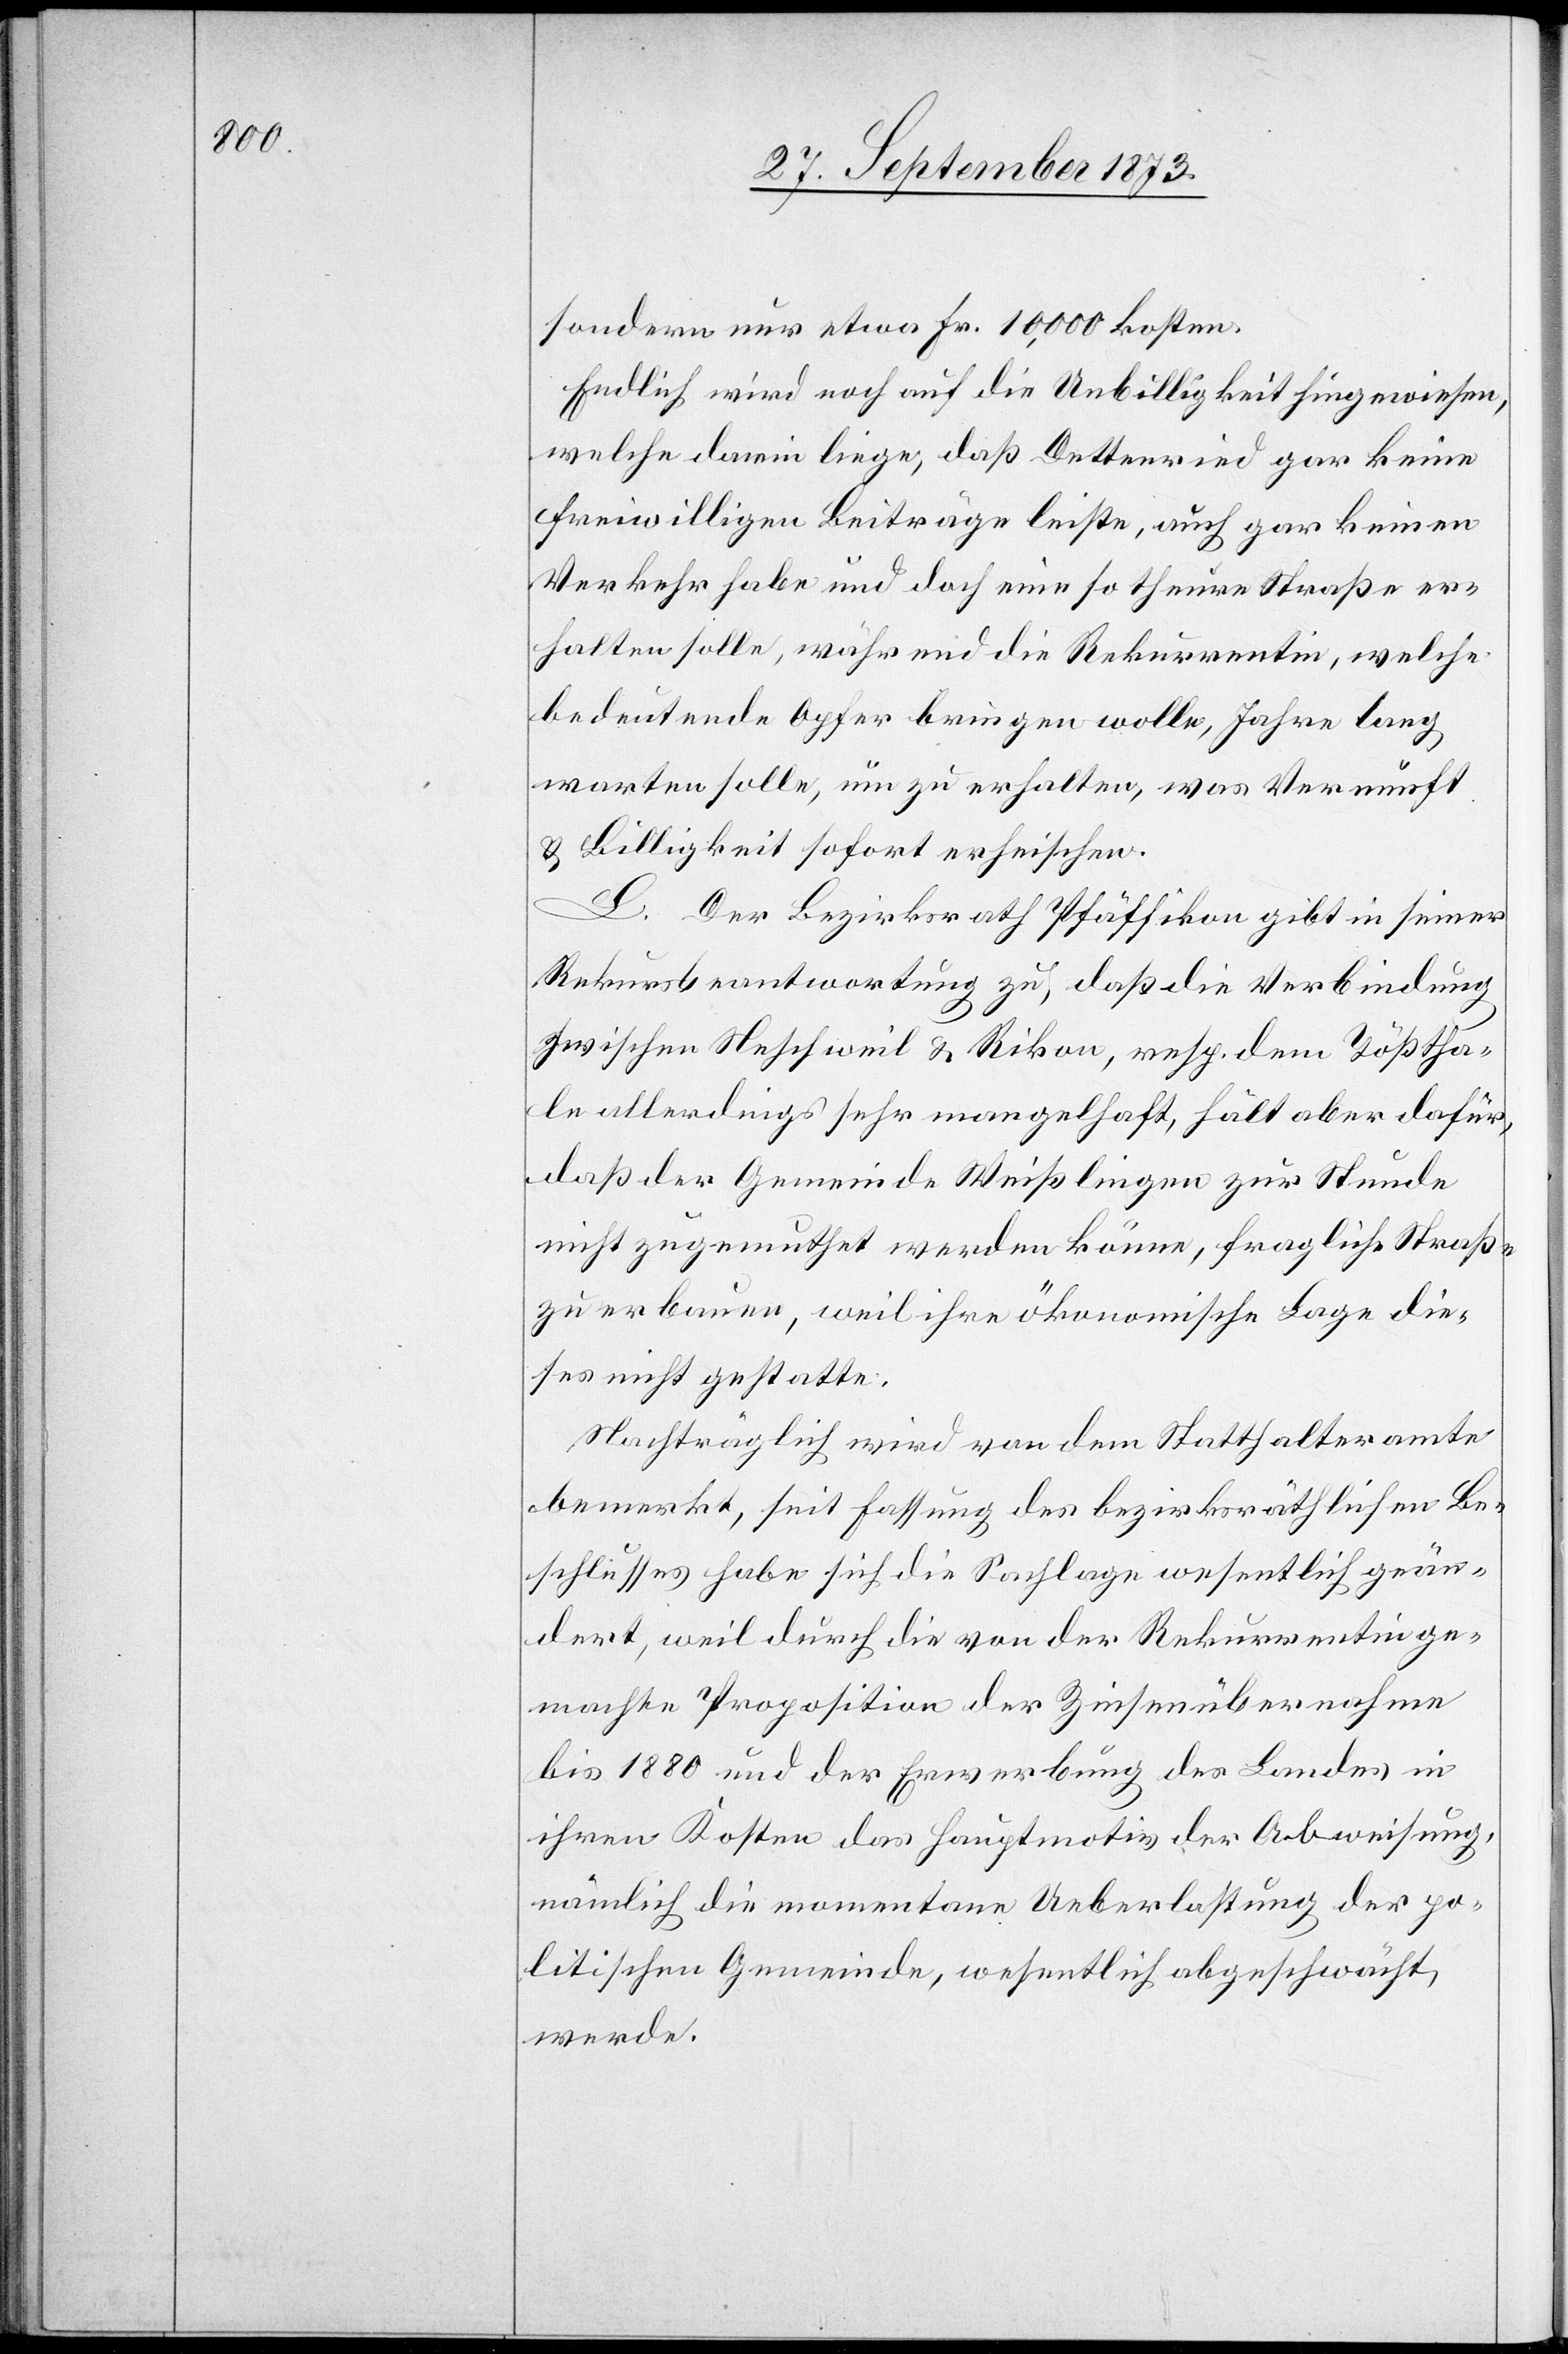
sondern nur etwa Fr. 10,000 kosten.
Endlich wird noch auf die Unbilligkeit hingewiesen,
welche darin liege, daß Dettenried gar keine
freiwilligen Beiträge leiste, auch gar keinen
Verkehr habe und doch eine so theure Straße er¬
halten solle, während die Rekurrentin, welche
bedeutende Opfer bringen wolle, Jahre lang
warten solle, um zu erhalten, was Vernunft
& Billigkeit sofort erheischen.
L. Der Bezirksrath Pfäffikon gibt in seiner
Rekursbeantwortung zu, daß die Verbindung
zwischen Neschweil & Rikon, resp. dem Tößtha¬
le allerdings sehr mangelhaft [sei], hält aber dafür,
daß der Gemeinde Weißlingen zur Stunde
nicht zugemuthet werden könne, fragliche Straße
zu erbauen, weil ihre ökonomische Lage die¬
ses nicht gestatte.
Nachträglich wird von dem Statthalteramte
bemerkt, seit Fassung des bezirksräthlichen Be¬
schlusses habe sich die Sachlage wesentlich geän¬
dert, weil durch die von der Rekurrentin ge¬
machte Proposition der Zinsenübernahme
bis 1880 und der Erwerbung des Landes in
ihren Kosten das Hauptmotiv der Abweisung,
nämlich die momentane Ueberlastung der po¬
litischen Gemeinde, wesentlich abgeschwächt
werde.